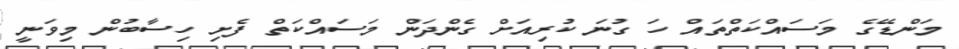
މަންޑޭގެ މަސައްކަތްތައް ހަ ގުނަ ކުރިއަށް ގެންދަން މަސައްކަތް ފެށި ހިސާބުން މިވަނީ